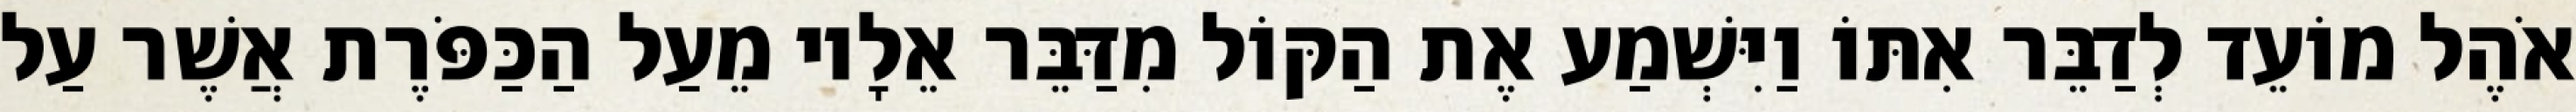
אֹהֶל מוֹעֵד לְדַבֵּר אִתּוֹ וַיִּשְׁמַע אֶת הַקּוֹל מִדַּבֵּר אֵלָיו מֵעַל הַכַּפֹּרֶת אֲשֶׁר עַל